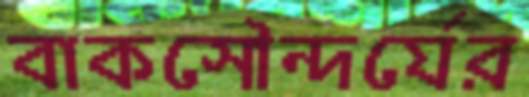
বাকসৌন্দর্যের